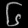
Digit: ၆